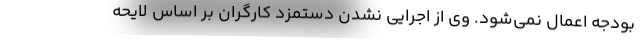
بودجه اعمال نمی‌شود. وی از اجرایی نشدن دستمزد کارگران بر اساس لایحه